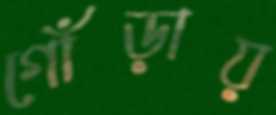
গোঁড়ায়